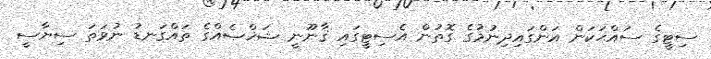
ސިޓީގެ ސައްޙަކަން އަންގައިދިނުމުގެ ގޮތުން އެސިޓީގައި ޤާނޫނީ ޝަޚްޞެއްގެ ތައްގަނޑު ނުވަތަ ސިޔާސީ